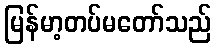
မြန်မာ့တပ်မတော်သည်